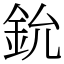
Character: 鈗